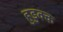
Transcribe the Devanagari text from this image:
हुडुक्क